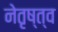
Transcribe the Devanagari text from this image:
नेतृष्त्व